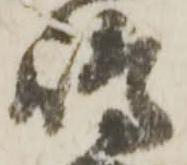
嶋